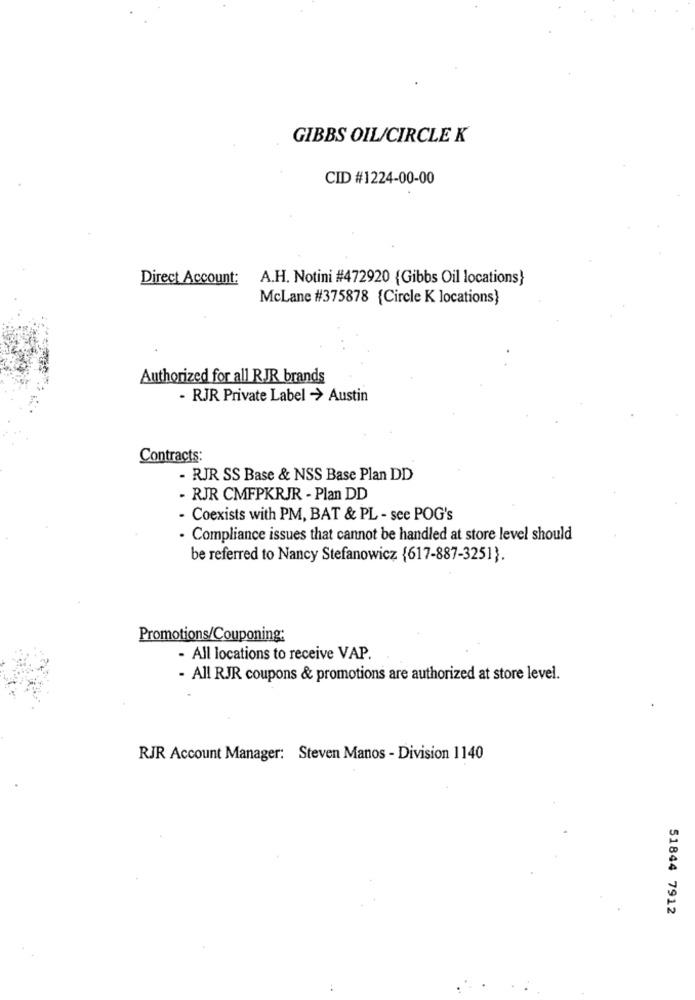
GIBBS OIL/CIRCLE K
CID #1224-00-00
Direct Account:
A.H. Notini #472920 {Gibbs Oil locations}
McLane #375878 {Circle K locations)
Authorized for all RJR brands
- RJR Private Label > Austin
Contracts:
- RJR SS Base & NSS Base Plan DD
- RJR CMFPKRJR - Plan DD
- Coexists with PM, BAT & PL - see POG's
- Compliance issues that cannot be handled at store level should
be referred to Nancy Stefanowicz {617-887-3251}.
Promotions/Couponing:
- All locations to receive VAP.
- All RJR coupons & promotions are authorized at store level.
RJR Account Manager: Steven Manos - Division 1140
51844 7912